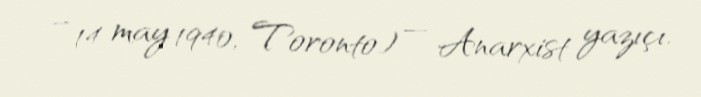
– 14 may 1940, Toronto) — Anarxist yazıçı.